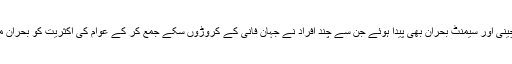
اس سے قبل چینی اور سیمنٹ بحران بھی پیدا ہوئے جن سے چند افراد نے جہان فانی کے کروڑوں سکے جمع کر کے عوام کی اکثریت کو بحران میں دھکیل دیا۔